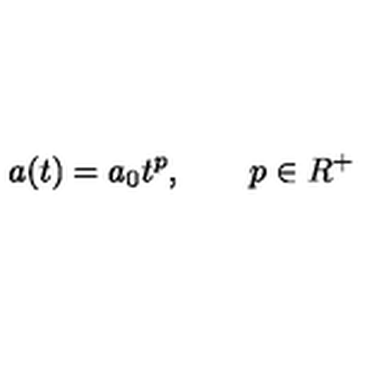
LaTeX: a ( t ) = a _ { 0 } t ^ { p } , \qquad p \in R ^ { + }